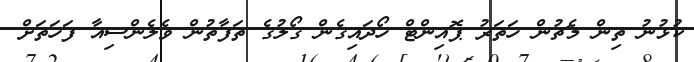
ކުޅުނު ތިން މެޗުން ހަތަރު ޕޮއިންޓް ހޯދައިގެން ގޯލުގެ ތަފާތުން ވެލެންސިއާ ފަހަތަށް